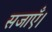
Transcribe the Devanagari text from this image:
सजाएँ।